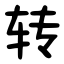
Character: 转